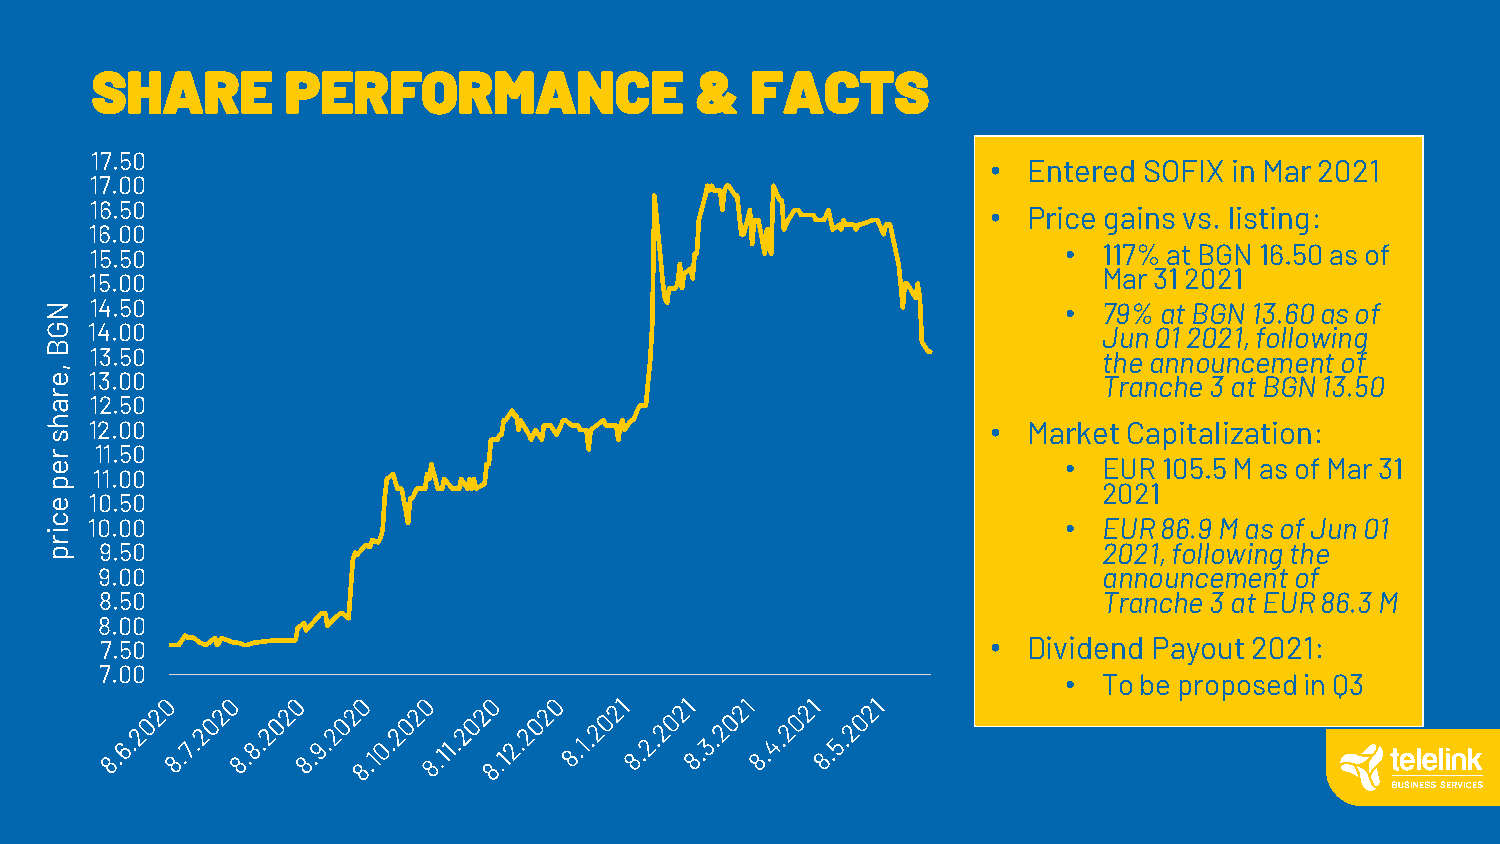
SHARE        PERFORMANCE                &   FACTS
 17.50
 • Entered SOFIX in Mar 2021
 17.00
 16.50                                                       • Price gains vs. listing:
 16.00
 •  117% at BGN 16.50 as of
 15.50
 Mar 31 2021
 15.00
 N  14.50                                                           •  79% at BGN 13.60 as of
 G  14.00                                                              Jun 01 2021, following
 B
 13.50                                                              the announcement of
 ,
 e  13.00                                                              Tranche 3 at BGN 13.50
 r
 a  12.50
 h
 12.00                                                       • Market Capitalization:
 s
 r  11.50
 e                                                                  •  EUR 105.5 M as of Mar 31
 p  11.00
 2021
 e  10.50
 c  10.00                                                           •  EUR 86.9 M as of Jun 01
 i
 r p 9.50                                                              2021, following the
 9.00                                                               announcement of
 8.50                                                              Tranche 3 at EUR 86.3 M
 8.00
 7.50                                                       • Dividend Payout 2021:
 7.00
 •  To be proposed in Q3